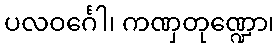
ပလဝင်္ဂေါ၊ ကဏှတုဏ္ဍော၊